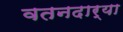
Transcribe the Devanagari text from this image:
वतनदार्‍या